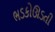
ભડકોઊડતી